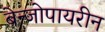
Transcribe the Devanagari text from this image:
बेन्जोपायरीन